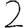
Digit: 2